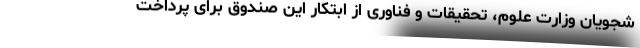
شجویان وزارت علوم، تحقیقات و فناوری از ابتکار این صندوق برای پرداخت